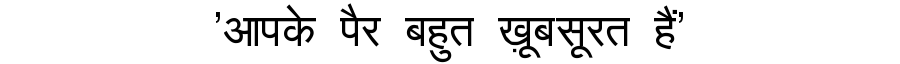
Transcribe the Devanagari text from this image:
'आपके पैर बहुत ख़ूबसूरत हैं'